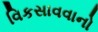
વિકસાવવાનો